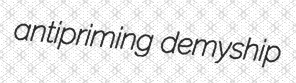
antipriming demyship